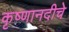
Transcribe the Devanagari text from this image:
कृष्णानदीचे